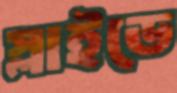
স্লাইডে